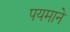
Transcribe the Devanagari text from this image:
पयमाने